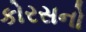
કોરસનો